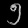
Digit: ၅